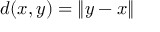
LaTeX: d ( x , y ) = \lVert y - x \rVert